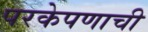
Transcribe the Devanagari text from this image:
परकेपणाची